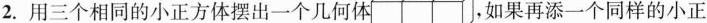
2. 用三个相同的小正方体摆出一个几何体 ，如果再添一个同样的小正